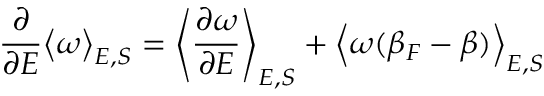
\frac { \partial } { \partial E } \big < \omega \big > _ { E , S } = \left< \frac { \partial \omega } { \partial E } \right> _ { E , S } + \Big < \omega ( \beta _ { F } - \beta ) \Big > _ { E , S }